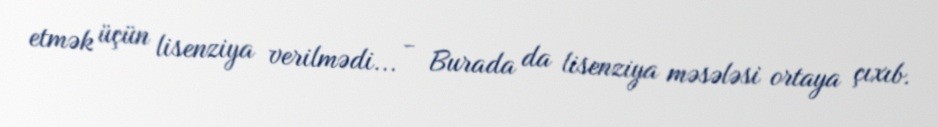
etmək üçün lisenziya verilmədi... - Burada da lisenziya məsələsi ortaya çıxıb.